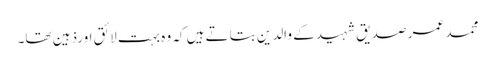
محمد عمر صدیق شہید کے والدین بتاتے ہیں کہ وہ بہت لائق اورذہین تھا۔